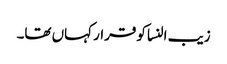
زیب النسا کو قرار کہاں تھا۔